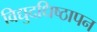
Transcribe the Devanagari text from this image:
विद्युदधिष्ठापन